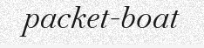
packet-boat